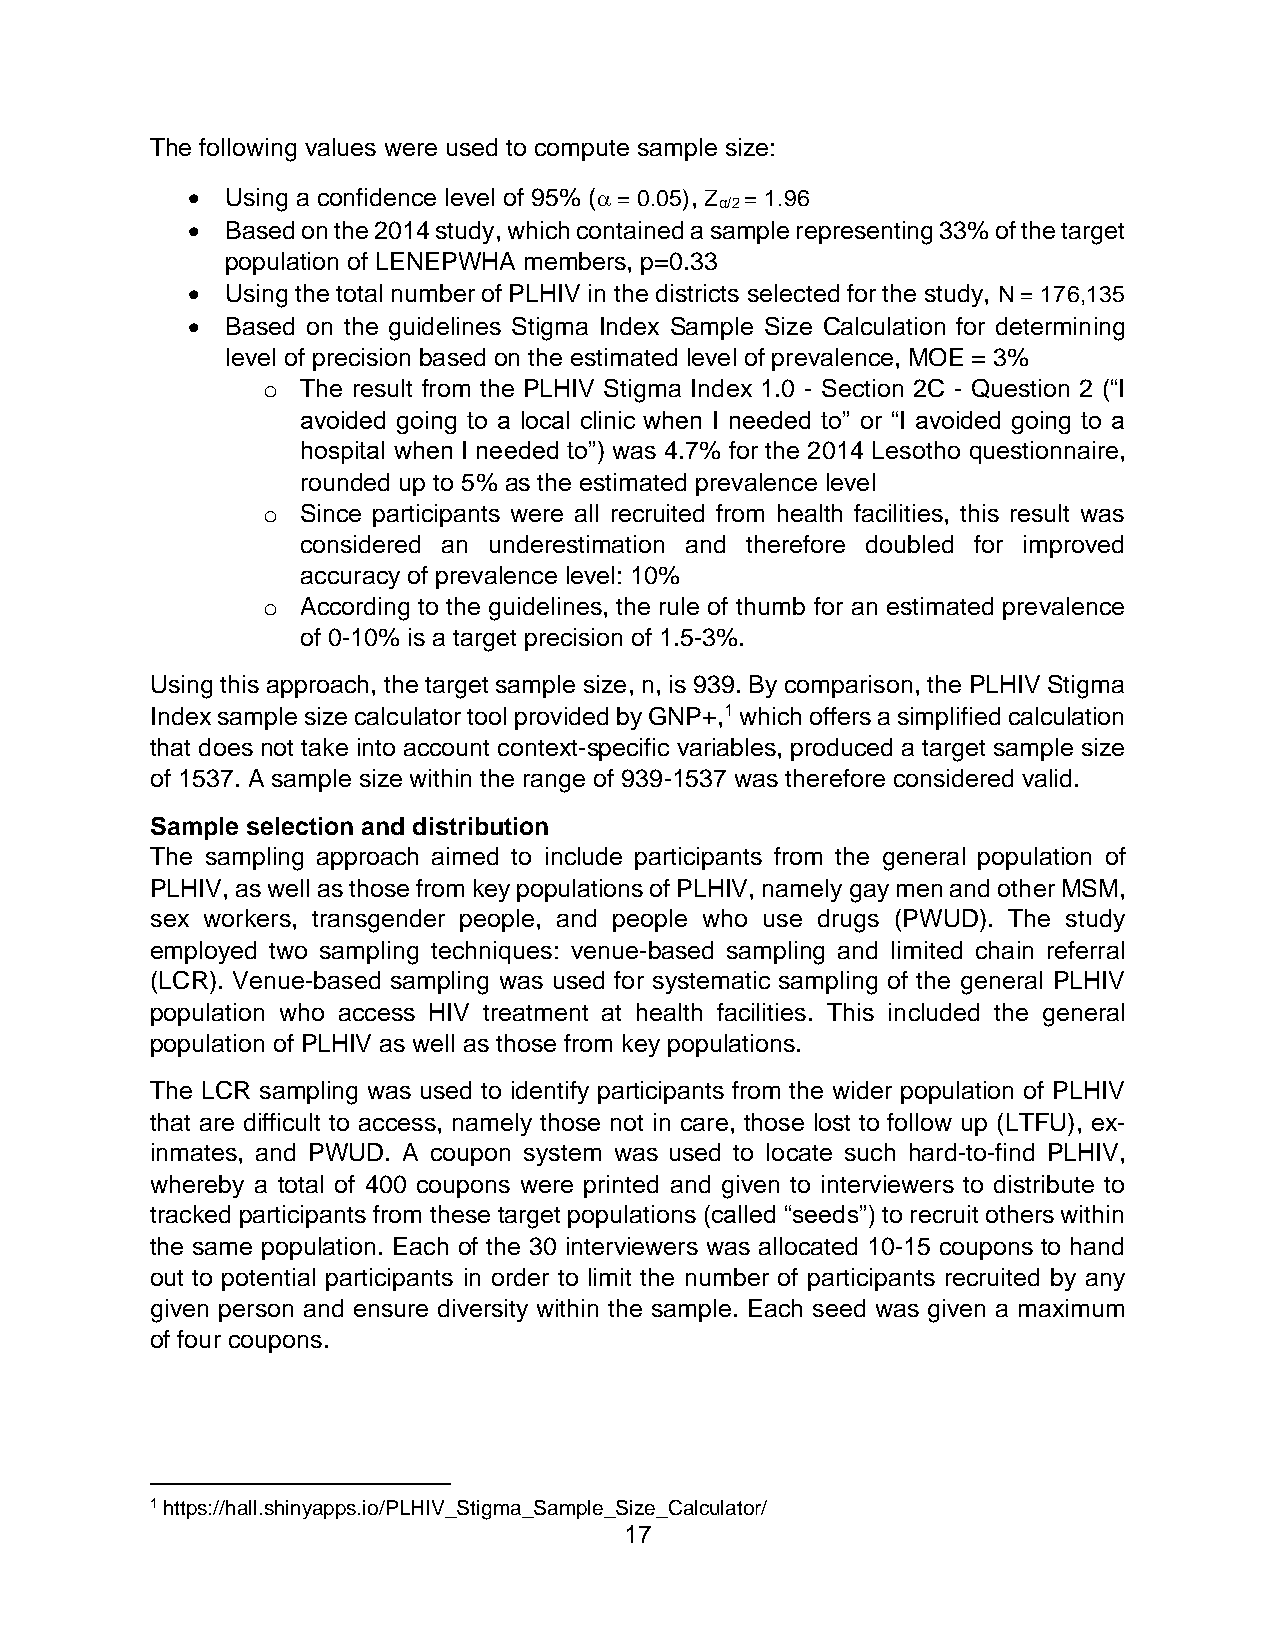
The following values were used to compute sample size:
 •  Using a confidence level of 95% ( = 0.05), Z = 1.96
 α/2
 •  Based on the 2014 study, which contained a sample representing 33% of the target
 population of LENEPWHA members, p=0.33
 •  Using the total number of PLHIV in the districts selected for the study, N = 176,135
 •  Based on the guidelines Stigma Index Sample Size Calculation for determining
 level of precision based on the estimated level of prevalence, MOE = 3%
 o  The result from the PLHIV Stigma Index 1.0 - Section 2C - Question 2 (“I
 avoided going to a local clinic when I needed to” or “I avoided going to a
 hospital when I needed to”) was 4.7% for the 2014 Lesotho questionnaire,
 rounded up to 5% as the estimated prevalence level
 o  Since participants were all recruited from health facilities, this result was
 considered an underestimation and therefore doubled for improved
 accuracy of prevalence level: 10%
 o  According to the guidelines, the rule of thumb for an estimated prevalence
 of 0-10% is a target precision of 1.5-3%.
 Using this approach, the target sample size, n, is 939. By comparison, the PLHIV Stigma
 Index sample size calculator tool provided by GNP+,1 which offers a simplified calculation
 that does not take into account context-specific variables, produced a target sample size
 of 1537. A sample size within the range of 939-1537 was therefore considered valid.
 Sample selection and distribution
 The sampling approach aimed to include participants from the general population of
 PLHIV, as well as those from key populations of PLHIV, namely gay men and other MSM,
 sex workers, transgender people, and people who use drugs (PWUD). The study
 employed two sampling techniques: venue-based sampling and limited chain referral
 (LCR). Venue-based sampling was used for systematic sampling of the general PLHIV
 population who access HIV treatment at health facilities. This included the general
 population of PLHIV as well as those from key populations.
 The LCR sampling was used to identify participants from the wider population of PLHIV
 that are difficult to access, namely those not in care, those lost to follow up (LTFU), ex-
 inmates, and PWUD. A coupon system was used to locate such hard-to-find PLHIV,
 whereby a total of 400 coupons were printed and given to interviewers to distribute to
 tracked participants from these target populations (called “seeds”) to recruit others within
 the same population. Each of the 30 interviewers was allocated 10-15 coupons to hand
 out to potential participants in order to limit the number of participants recruited by any
 given person and ensure diversity within the sample. Each seed was given a maximum
 of four coupons.
 1 https://hall.shinyapps.io/PLHIV_Stigma_Sample_Size_Calculator/
 17